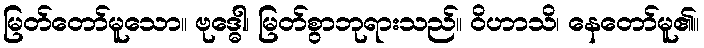
မြတ်တော်မူသော။ ဗုဒ္ဓေါ၊ မြတ်စွာဘုရားသည်။ ဝိဟာသိ၊ နေတော်မူ၏။